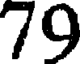
79